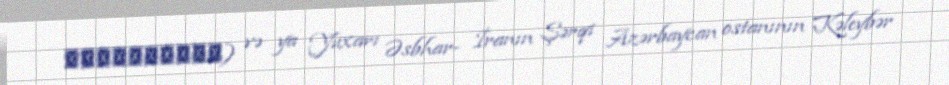
اسبهارعليا) və ya Yuxarı Əsbhar- İranın Şərqi Azərbaycan ostanının Kəleybər